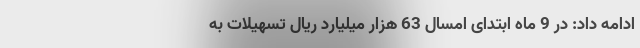
ادامه داد: در 9 ماه ابتدای امسال 63 هزار میلیارد ریال تسهیلات به